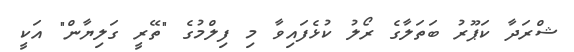
ޝްރަދާ ކަޕޫރު ބަތަލާގެ ރޯލު ކުޅެފައިވާ މި ފިލްމުގެ "ތޭރީ ގަލިޔާން" އަކީ